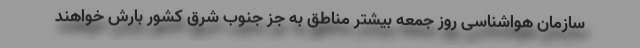
سازمان هواشناسی روز جمعه بیشتر مناطق به جز جنوب شرق کشور بارش خواهند